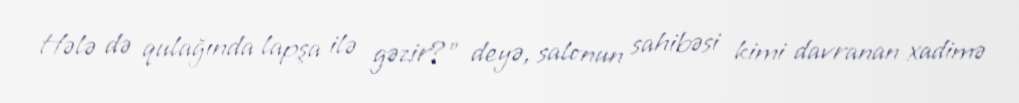
Hələ də qulağında lapşa ilə gəzir?” deyə, salonun sahibəsi kimi davranan xadimə